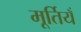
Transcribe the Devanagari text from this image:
मूर्तियँ